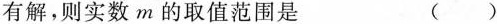
有解，则实数m的取值范围是 ()